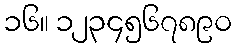
၁၆။ ၁၂၃၄၅၆၇၈၉၀